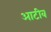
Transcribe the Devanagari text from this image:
आटीव